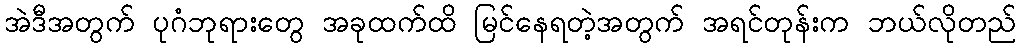
အဲဒီအတွက် ပုဂံဘုရားတွေ အခုထက်ထိ မြင်နေရတဲ့အတွက် အရင်တုန်းက ဘယ်လိုတည်